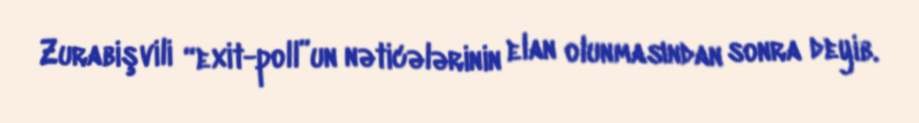
Zurabişvili “exit-poll”un nəticələrinin elan olunmasından sonra deyib.